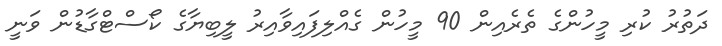
ދަތުރު ކުރި މީހުންގެ ތެރެއިން 90 މީހުން ގެއްލިފައިވާއިރު ލީބިޔާގެ ކޯސްޓްގާޑުން ވަނީ